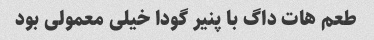
طعم هات داگ با پنیر گودا خیلی معمولی بود